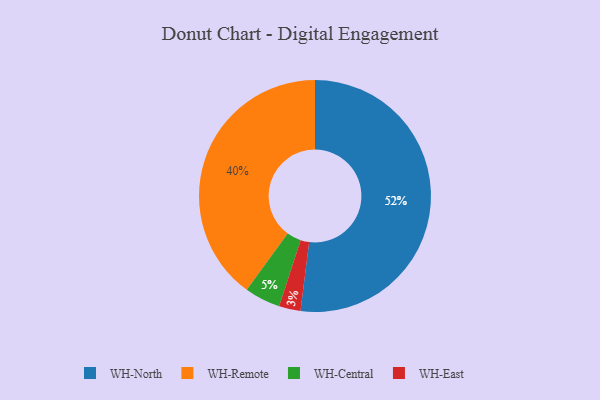
{"axis": {"x": "Category", "y": "Percentage"}, "legend": ["WH-Central", "WH-East", "WH-North", "WH-Remote"], "data": [{"x": "WH-North", "y": 52, "type": "WH-North"}, {"x": "WH-Remote", "y": 40, "type": "WH-Remote"}, {"x": "WH-East", "y": 3, "type": "WH-East"}, {"x": "WH-Central", "y": 5, "type": "WH-Central"}]}